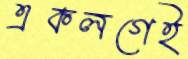
একলগেই